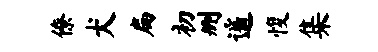
僚犬扁初删遥愎集